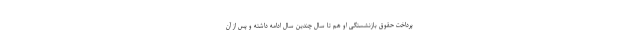
پرداخت حقوق بازنشستگی او هم تا سال چندین سال ادامه داشته و پس از آن